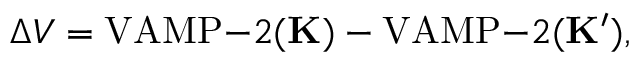
\Delta V = \mathrm { V A M P - } 2 ( \mathbf { K } ) - \mathrm { V A M P - } 2 ( \mathbf { K } ^ { \prime } ) ,